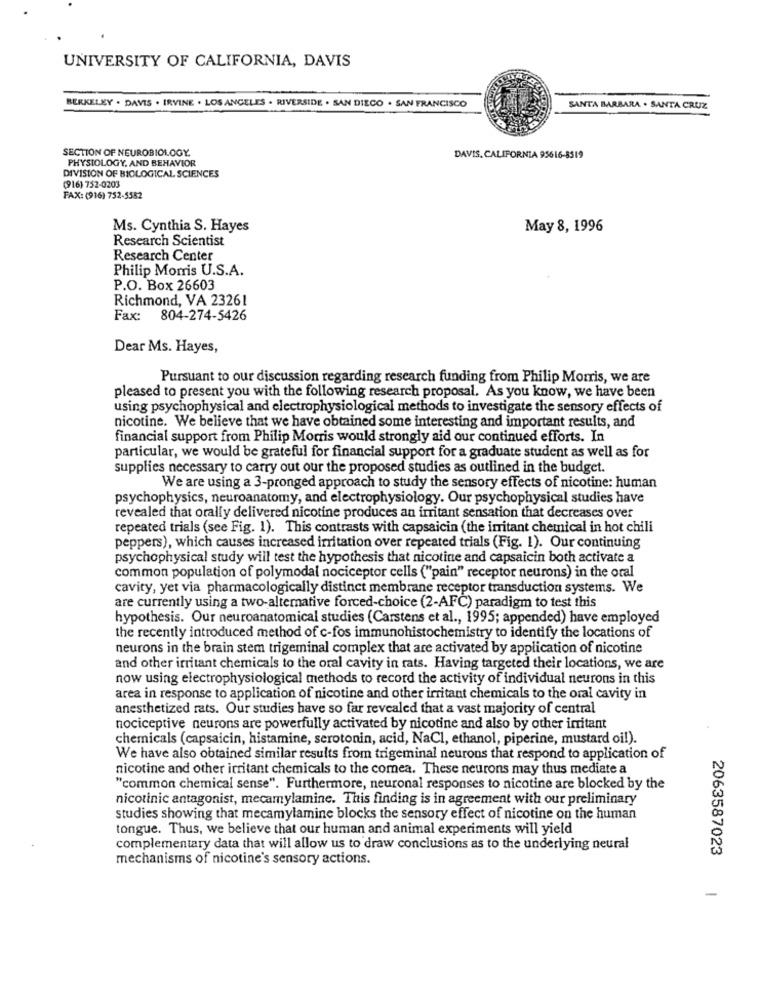
UNIVERSITY OF CALIFORNIA, DAVIS
BERKELEY . DAVIS . IRVINE . LOS ANGELES . RIVERSIDE . SAN DIEGO . SAN FRANCISCO
SANTA BARBARA . SANTA CRUZ
SECTION OF NEUROBIOLOGY.
DAVIS. CALIFORNIA 95616-8519
PHYSIOLOGY. AND BEHAVIOR
DIVISION OF BIOLOGICAL SCIENCES
(916) 752-0203
FAX: (916) 752-5552
Ms. Cynthia S. Hayes
May 8, 1996
Research Scientist
Research Center
Philip Morris U.S.A.
P.O. Box 26603
Richmond, VA 23261
Fax: 804-274-5426
Dear Ms. Hayes,
Pursuant to our discussion regarding research funding from Philip Morris, we are
pleased to present you with the following research proposal. As you know, we have been
using psychophysical and electrophysiological methods to investigate the sensory effects of
nicotine. We believe that we have obtained some interesting and important results, and
financial support from Philip Morris would strongly aid our continued efforts. In
particular, we would be grateful for financial support for a graduate student as well as for
supplies necessary to carry out our the proposed studies as outlined in the budget.
We are using a 3-pronged approach to study the sensory effects of nicotine: human
psychophysics, neuroanatomy, and electrophysiology. Our psychophysical studies have
revealed that orally delivered nicotine produces an irritant sensation that decreases over
repeated trials (see Fig. 1). This contrasts with capsaicin (the irritant chemical in hot chili
peppers), which causes increased irritation over repeated trials (Fig. 1). Our continuing
psychophysical study will test the hypothesis that nicotine and capsaicin both activate a
common population of polymodal nociceptor cells ("pain" receptor neurons) in the oral
cavity, yet via pharmacologically distinct membrane receptor transduction systems. We
are currently using a two-alternative forced-choice (2-AFC) paradigm to test this
hypothesis. Our neuroanatomical studies (Carstens et al ., 1995; appended) have employed
the recently introduced method of c-fos immunohistochemistry to identify the locations of
neurons in the brain stem trigeminal complex that are activated by application of nicotine
and other irritant chemicals to the oral cavity in rats. Having targeted their locations, we are
now using electrophysiological methods to record the activity of individual neurons in this
area in response to application of nicotine and other irritant chemicals to the oral cavity in
anesthetized rats. Our studies have so far revealed that a vast majority of central
nociceptive neurons are powerfully activated by nicotine and also by other irritant
chemicals (capsaicin, histamine, serotonin, acid, NaCl, ethanol, piperine, mustard oil).
We have also obtained similar results from trigeminal neurons that respond to application of
nicotine and other irritant chemicals to the comea. These neurons may thus mediate a
"common chemical sense". Furthermore, neuronal responses to nicotine are blocked by the
nicotinic antagonist, mecamylamine. This finding is in agreement with our preliminary
studies showing that mecamylamine blocks the sensory effect of nicotine on the human
tongue. Thus, we believe that our human and animal experiments will yield
complementary data that will allow us to draw conclusions as to the underlying neural
2063587023
mechanisms of nicotine's sensory actions.
-